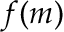
f ( m )